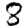
Digit: 8